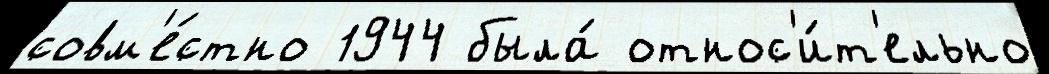
совм'е́стно 1944 была́ относ'и́т'ельно